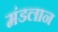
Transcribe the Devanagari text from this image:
मंडलान